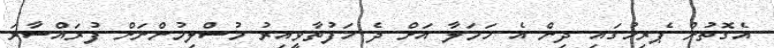
އެގޮތުން ޕެރިހުގައި ދިން އެ ހަމަލާ އަށް ދެ ހަފުތާވީއިރު މުސްލިމުންނަށް ފުރައްސާރަ